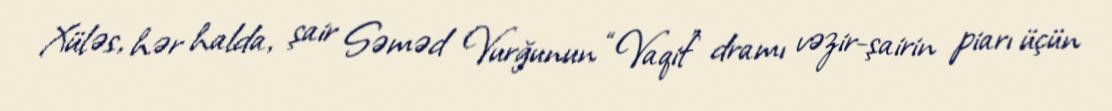
Xüləs, hər halda, şair Səməd Vurğunun “Vaqif” dramı vəzir-şairin piarı üçün